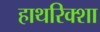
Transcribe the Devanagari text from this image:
हाथरिक्शा